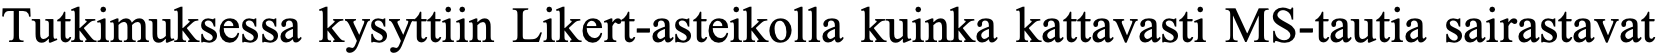
Tutkimuksessa kysyttiin Likert-asteikolla kuinka kattavasti MS-tautia sairastavat